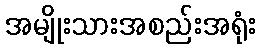
အမျိုးသားအစည်းအရုံး